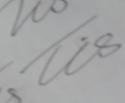
Signature authenticity: genuine